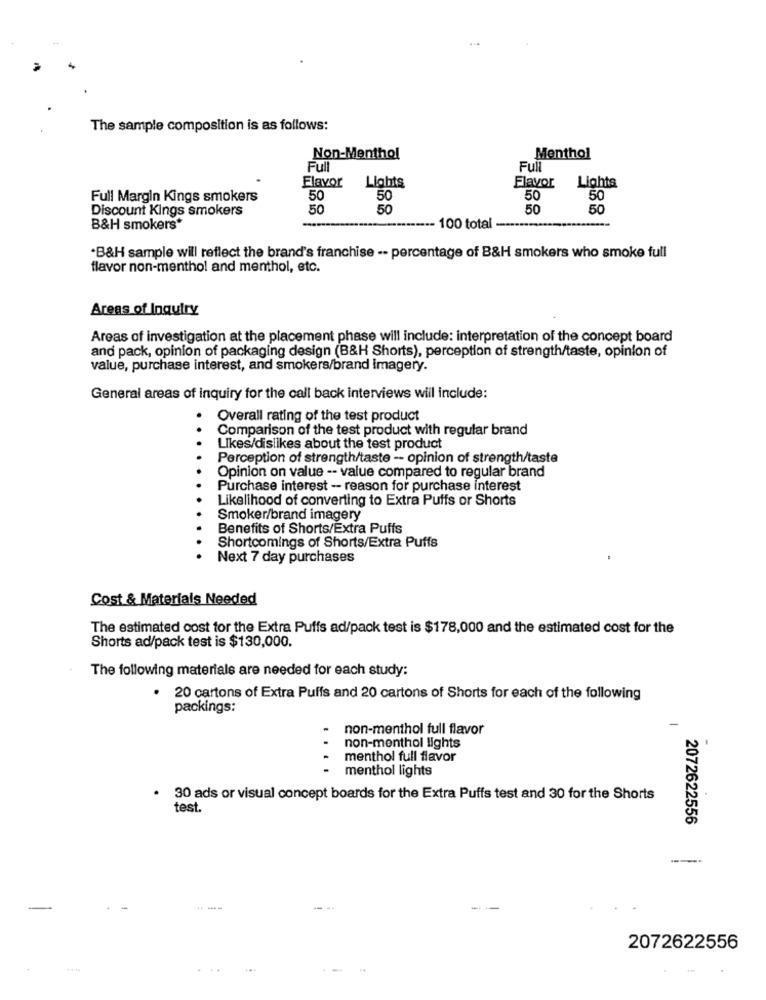
The sample composition is as follows:
Non-Menthol
Menthol
Full
Full
Lights
Flavor
Lights
Flavor
Full Margin Kings smokers
50
50
50
50
Discount Kings smokers
50
50
50
50
B&H smokers*
..------ 100 total
.B&H sample will reflect the brand's franchise -- percentage of B&H smokers who smoke full
flavor non-menthol and menthol, etc.
Areas of Inquiry
Areas of investigation at the placement phase will include: interpretation of the concept board
and pack, opinion of packaging design (B&H Shorts), perception of strength/taste, opinion of
value, purchase interest, and smokers/brand Imagery.
General areas of inquiry for the call back interviews will include:
Overall rating of the test product
Comparison of the test product with regular brand
Likes/dislikes about the test product
Perception of strength/taste -- opinion of strength/taste
Opinion on value -- value compared to regular brand
Purchase interest - reason for purchase interest
Likelihood of converting to Extra Puffs or Shorts
Smoker/brand imagery
Benefits of Shorts/Extra Puffs
Shortcomings of Shorts/Extra Puffs
Next 7 day purchases
Cost & Materials Needed
The estimated cost for the Extra Puffs ad/pack test is $178,000 and the estimated cost for the
Shorts ad/pack test is $130,000.
The following materials are needed for each study:
20 cartons of Extra Puffs and 20 cartons of Shorts for each of the following
packings:
non-menthol full flavor
non-menthol lights
menthol full flavor
-
menthol lights
. 30 ads or visual concept boards for the Extra Puffs test and 30 for the Shorts
test.
2072622556
--
2072622556